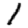
Digit: 1